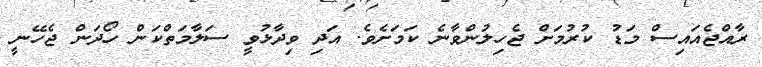
ރާއްޖެއައިސް މަޑު ކުރުމަށް ޖެހިލުންވާނެ ކަމަށެވެ. އަދި ވިދާޅުވީ ސަލާމަތްކަން ހޯދަން ޖެހޭނީ